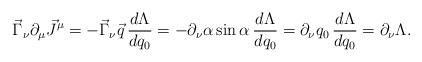
LaTeX: \begin{align*}\vec{\Gamma}_\nu \partial_\mu \vec{J}^\mu = - \vec{\Gamma}_\nu \vec{q} \, \frac{d \Lambda}{d q_0} = - \partial_\nu \alpha \sin \alpha \, \frac{d \Lambda}{d q_0} = \partial_\nu q_0 \, \frac{d \Lambda}{d q_0} = \partial_\nu \Lambda .\end{align*}